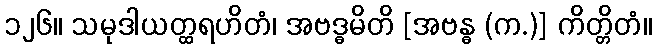
၁၂၆။ သမုဒါယတ္ထရဟိတံ၊ အဗဒ္ဓမိတိ [အဗန္ဓ (က.)] ကိတ္တိတံ။